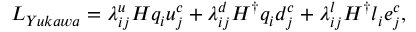
{ \cal L } _ { Y u k a w a } = \lambda _ { i j } ^ { u } H q _ { i } u _ { j } ^ { c } + \lambda _ { i j } ^ { d } H ^ { \dagger } q _ { i } d _ { j } ^ { c } + \lambda _ { i j } ^ { l } H ^ { \dagger } l _ { i } e _ { j } ^ { c } ,